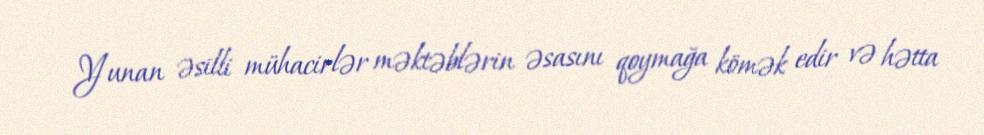
Yunan əsilli mühacirlər məktəblərin əsasını qoymağa kömək edir və hətta